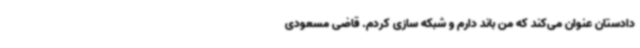
دادستان عنوان می‌کند که من باند دارم و شبکه سازی کردم. قاضی مسعودی